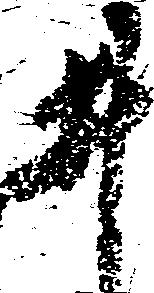
井